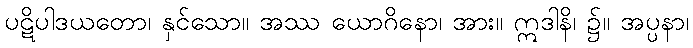
ပဋိပါဒယတော၊ နှင်သော။ အဿ ယောဂိနော၊ အား။ ဣဒါနိ၊ ၌။ အပ္ပနာ၊